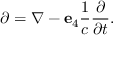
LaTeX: \partial = \nabla - \mathbf { e } _ { 4 } { \frac { 1 } { c } } { \frac { \partial } { \partial t } } .